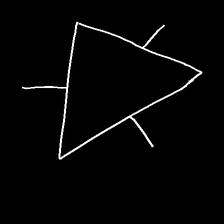
Glyph: fire